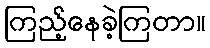
ကြည့်နေခဲ့ကြတာ။